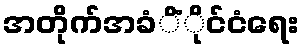
အတိုက်အခံိံိုင်ငံရေး